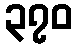
၃၇၀